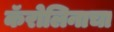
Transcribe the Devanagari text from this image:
कॅरोलिनाचा